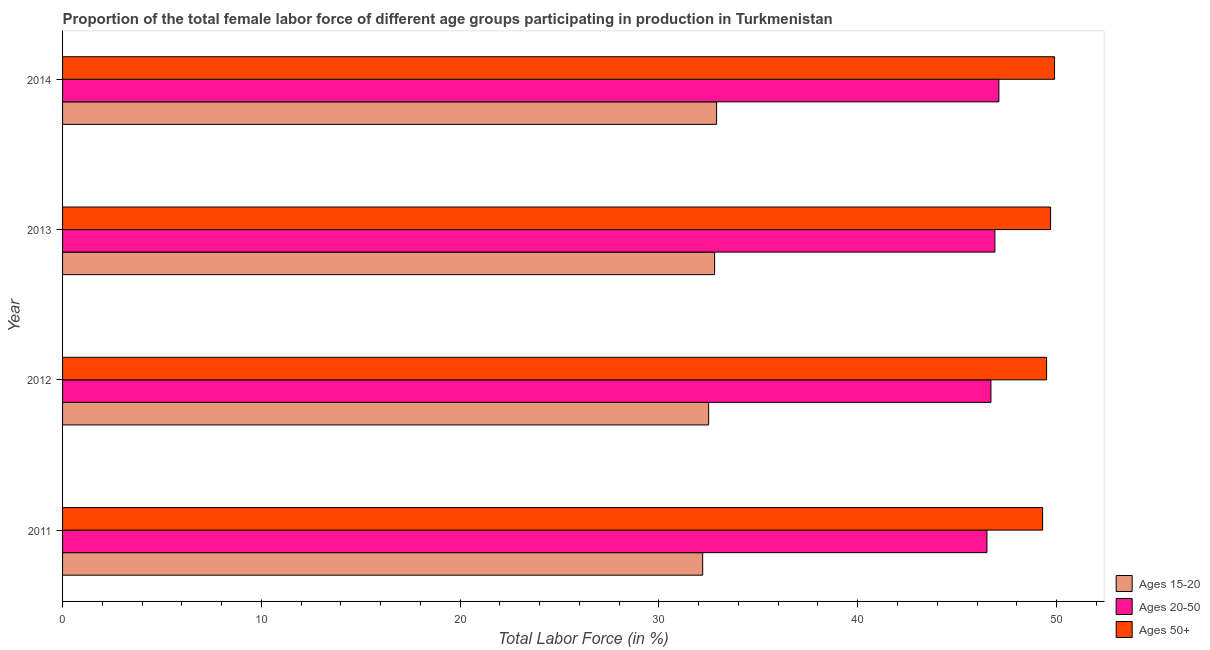
| Year | Ages 15-20 | Ages 20-50 | Ages 50+ |
 | --- | --- | --- | --- |
 | 2011 | 32.2 | 46.5 | 49.3 |
 | 2012 | 32.5 | 46.7 | 49.5 |
 | 2013 | 32.8 | 46.9 | 49.7 |
 | 2014 | 32.9 | 47.1 | 49.9 |